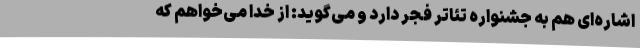
اشاره‌ای هم به جشنواره تئاتر فجر دارد و می‌گوید: از خدا می‌خواهم که